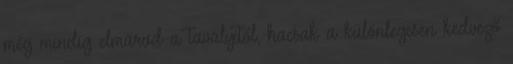
még mindig elmarad a tavalyitól, hacsak a különlegesen kedvező